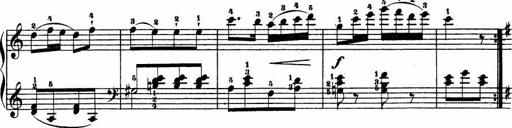
Title: Le bouquetier
Composer: Anton Diabelli
Key: G major
 C major
 F major
 C major